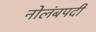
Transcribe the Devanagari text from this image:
नोलंबपदी